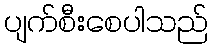
ပျက်စီးစေပါသည်